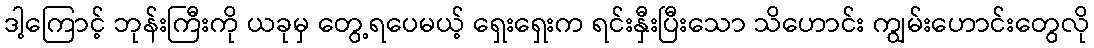
ဒါ့ကြောင့် ဘုန်းကြီးကို ယခုမှ တွေ့ရပေမယ့် ရှေးရှေးက ရင်းနှီးပြီးသော သိဟောင်း ကျွမ်းဟောင်းတွေလို